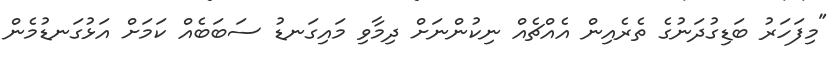
"މިފަހަރު ބަޑިގުދަނުގެ ތެރެއިން އެއްޗެއް ނިކުންނަށް ދިމާވި މައިގަނޑު ސަބަބެއް ކަމަށް އަޅުގަނޑުމެން